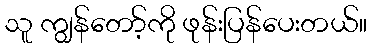
သူ ကျွန်တော့်ကို ဖုန်းပြန်ပေးတယ်။